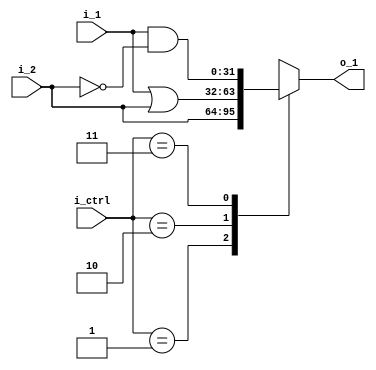
module csrLU (
  input [1:0] i_ctrl,
  input [31:0] i_1, i_2,

  output [31:0] o_1
);
// ictrl
// 01 : i_2
// 10 : i_1 or i_2 
// 11 : i_1 and (not i_2)

  assign o_1 = operation(i_ctrl, i_1, i_2);

  function [31:0] operation (
    input [1:0] i_ctrl,
    input [31:0] i_1, i_2
  );
    case (i_ctrl)
      2'b01:    operation =       i_2;
      2'b10:    operation = i_1 | i_2;
      2'b11:    operation = i_1 & ~i_2;
      default:  operation = 32'bx;
    endcase
  endfunction
endmodule